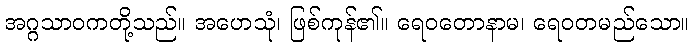
အဂ္ဂသာဝကတို့သည်။ အဟေသုံ၊ ဖြစ်ကုန်၏။ ရေဝတောနာမ၊ ရေဝတမည်သော။